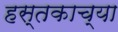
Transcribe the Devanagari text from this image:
हस्तकाच्या